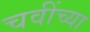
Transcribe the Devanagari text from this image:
चवींच्या